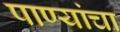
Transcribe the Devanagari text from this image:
पाण्यांचा